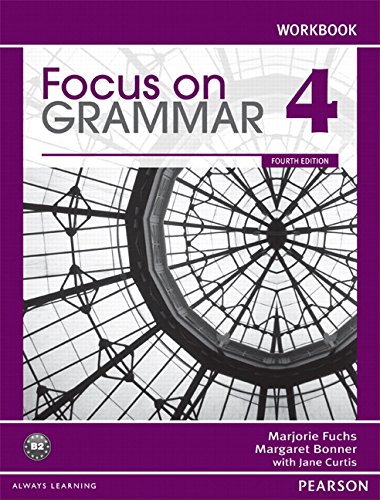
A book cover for Focus on Grammar 4 Workbook, 4th Edition; Marjorie Fuchs; Reference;